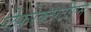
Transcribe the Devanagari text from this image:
प्लैफरेक्टरटीएम